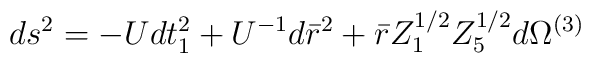
ds^2 = - U dt_1^2 + U^{-1} d \bar{r}^2 + \bar{r} Z_1^{1/2} Z_5^{1/2} d\Omega^{(3)}